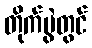
တိုက်ပွဲတွင်